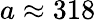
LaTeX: a\approx 318